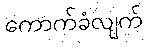
ကောက်ခံလျက်